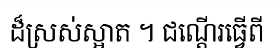
ដ៏ស្រស់ស្អាត ។ ជណ្តើរធ្វើពី